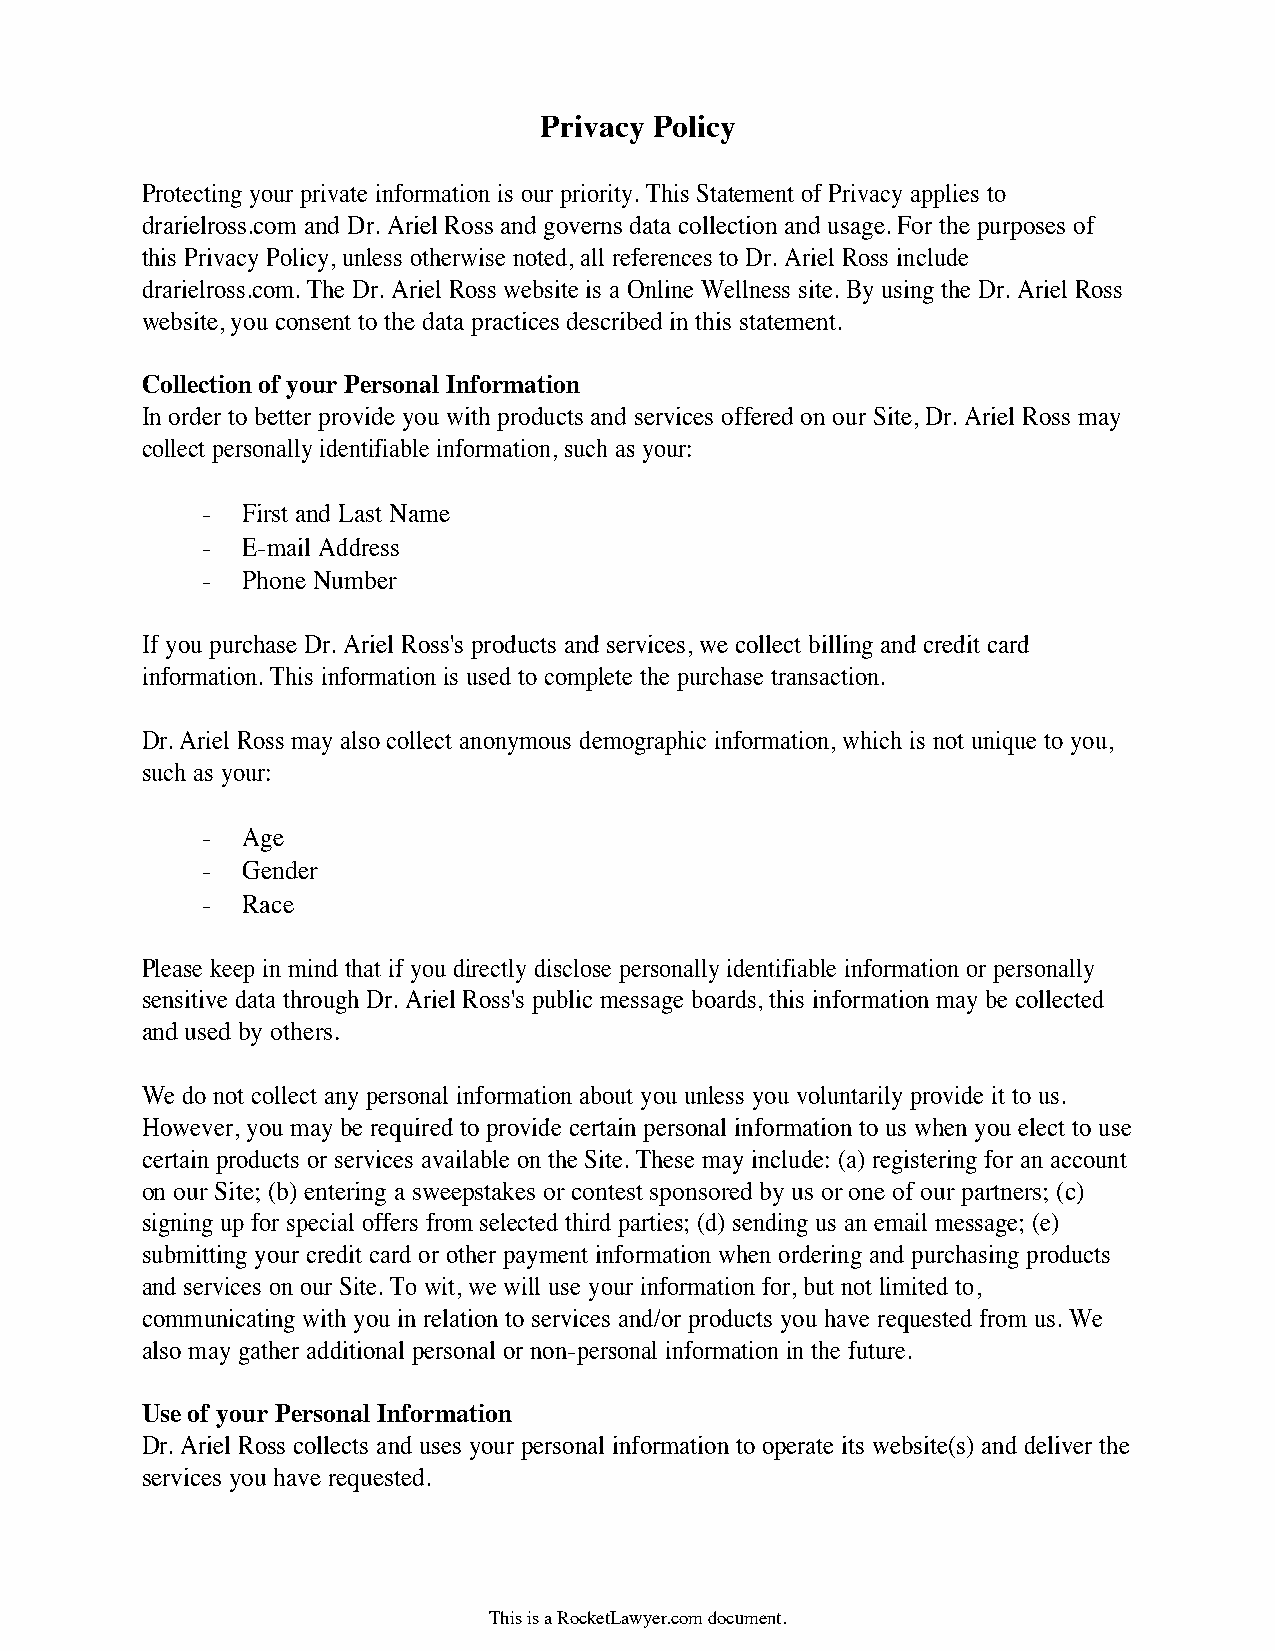
Privacy Policy
 Protecting your private information is our priority. This Statement of Privacy applies to
 drarielross.com and Dr. Ariel Ross and governs data collection and usage. For the purposes of
 this Privacy Policy, unless otherwise noted, all references to Dr. Ariel Ross include
 drarielross.com. The Dr. Ariel Ross website is a Online Wellness site. By using the Dr. Ariel Ross
 website, you consent to the data practices described in this statement.
 Collection of your Personal Information
 In order to better provide you with products and services offered on our Site, Dr. Ariel Ross may
 collect personally identifiable information, such as your:
 -  First and Last Name
 -  E-mail Address
 -  Phone Number
 If you purchase Dr. Ariel Ross's products and services, we collect billing and credit card
 information. This information is used to complete the purchase transaction.
 Dr. Ariel Ross may also collect anonymous demographic information, which is not unique to you,
 such as your:
 -  Age
 -  Gender
 -  Race
 Please keep in mind that if you directly disclose personally identifiable information or personally
 sensitive data through Dr. Ariel Ross's public message boards, this information may be collected
 and used by others.
 We do not collect any personal information about you unless you voluntarily provide it to us.
 However, you may be required to provide certain personal information to us when you elect to use
 certain products or services available on the Site. These may include: (a) registering for an account
 on our Site; (b) entering a sweepstakes or contest sponsored by us or one of our partners; (c)
 signing up for special offers from selected third parties; (d) sending us an email message; (e)
 submitting your credit card or other payment information when ordering and purchasing products
 and services on our Site. To wit, we will use your information for, but not limited to,
 communicating with you in relation to services and/or products you have requested from us. We
 also may gather additional personal or non-personal information in the future.
 Use of your Personal Information
 Dr. Ariel Ross collects and uses your personal information to operate its website(s) and deliver the
 services you have requested.
 This is a RocketLawyer.com document.